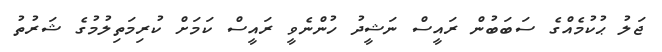
ޖަލު ޙުކުމެއްގެ ސަބަބުން ރައީސް ނަޝީދު ހުންނެވީ ރައީސް ކަމަށް ކުރިމަތިލުމުގެ ޝަރުތު